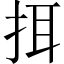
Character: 挕